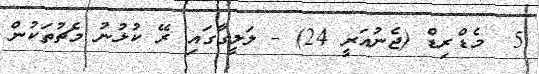
5  މެޑްރިޑް (ޖެނުއަރީ 24) - ލަލީގާގައި ރޭ ކުޅުނު މެޗުތަކުން